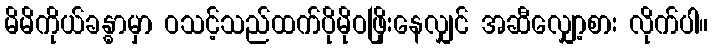
မိမိကိုယ်ခန္ဓာမှာ ဝသင့်သည်ထက်ပိုမိုဝဖြိုးနေလျှင် အဆီလျှော့စား လိုက်ပါ။